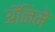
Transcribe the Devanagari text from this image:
ॲनिमे